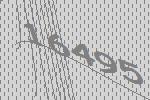
16495